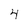
Character: 4